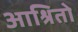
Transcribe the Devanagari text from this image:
आश्रितो